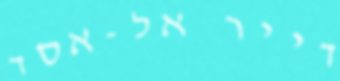
דייר אל-אסד